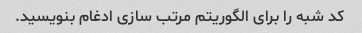
کد شبه را برای الگوریتم مرتب سازی ادغام بنویسید.